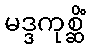
မဒ္ဒကုစ္ဆိံ